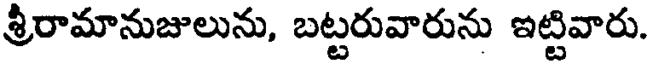
శ్రీరామానుజులును, బట్టరువారును ఇట్టివారు.